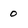
Character: 0